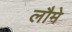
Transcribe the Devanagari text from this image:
लौमे